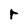
Character: r